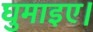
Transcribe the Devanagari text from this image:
घुमाइए।